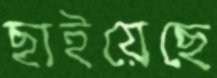
ছাইয়েছে